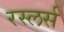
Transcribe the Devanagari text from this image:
रस्लर्स